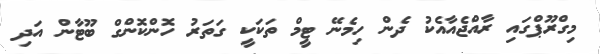
މިގްރޫޕްގައި ރާއްޖެއާއެކު ދެން ހިމެނޭ ޓީމް ތަކަކީ ގަތަރު ހޮންކޮންގް ބޫޓާން އަދި